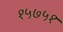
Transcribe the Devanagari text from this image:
१५७५१